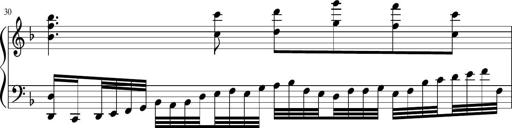
Title: Sonatina in F major
Composer: Ethan Ngo
Key: F major